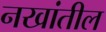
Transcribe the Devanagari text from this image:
नखांतील